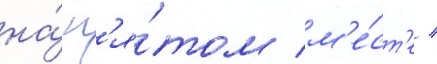
на́ п'я́том м'е́ст'е /